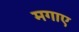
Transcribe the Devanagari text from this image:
मगाए